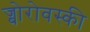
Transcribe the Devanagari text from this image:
ज्बोरोवस्की